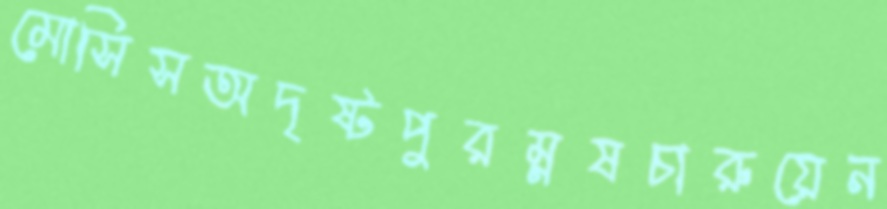
মোসিসঅদৃষ্টপুরম্নষচারুয়েন